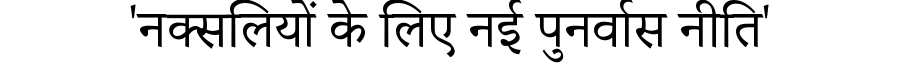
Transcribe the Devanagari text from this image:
'नक्सलियों के लिए नई पुनर्वास नीति'